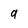
Character: 9